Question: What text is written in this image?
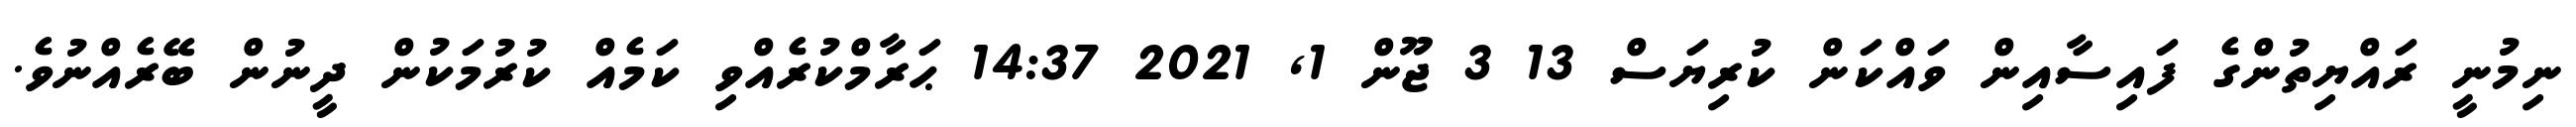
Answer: ނިމުނީ ރައްޔިތުންގެ ފައިސާއިން ވައްކަން ކުރިޔަސް 13 3 ޖޫން 1, 2021 14:37 ޙަރާމްކުރެއްވި ކަމެއް ކުރުމަކުން ދީނުން ބޭރެއްނުވެ.